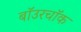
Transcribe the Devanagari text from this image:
बॉउरचॉक